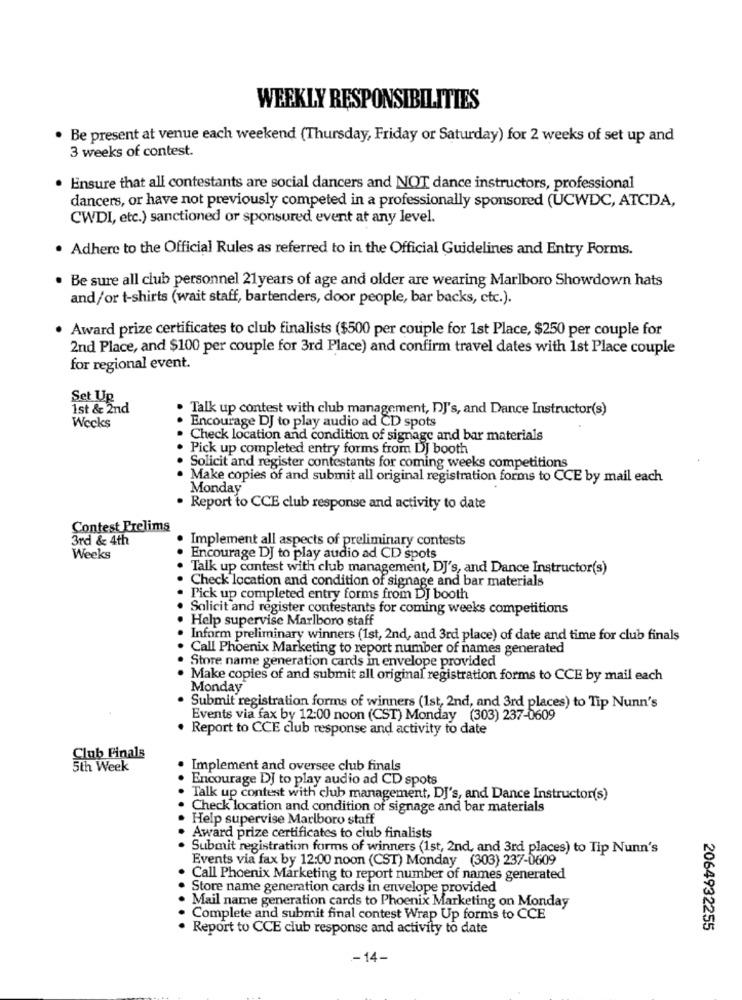
WEEKLY RESPONSIBILITIES
Be present at venue each weekend (Thursday, Friday or Saturday) for 2 weeks of set up and
3 weeks of contest.
Ensure that all contestants are social dancers and NOT dance instructors, professional
dancers, or have not previously competed in a professionally sponsored (UCWDC, ATCDA,
CWDI, etc.) sanctioned or sponsored event at any level.
Adhere to the Official Rules as referred to in the Official Guidelines and Entry Forms.
Be sure all club personnel 21years of age and older are wearing Marlboro Showdown hats
and/or t-shirts (wait staff, bartenders, door people, bar backs, etc.).
Award prize certificates to club finalists ($500 per couple for 1st Place, $250 per couple for
2nd Place, and $100 per couple for 3rd Place) and confirm travel dates with 1st Place couple
for regional event.
Set Up
1st & 2nd
. Talk up contest with club management, DJ's, and Dance Instructor(s)
Wecks
Encourage DJ to play audio ad CD spots
Check location and condition of signage and bar materials
Pick up completed entry forms from DJ booth
Solicit and register contestants for coming weeks competitions
· Make copies of and submit all original registration forms to CCE by mail each
Monday
. Report to CCE club response and activity to date
Contest Prelims
3rd & 4th
Implement all aspects of preliminary contests
Weeks
Encourage DJ to play audio ad CD spots
. Talk up contest with club management, DJ's, and Dance Instructor(s)
Check location and condition of signage and bar materials
Pick up completed entry forms from DJ booth
Solicit and register contestants for coming weeks competitions
· Help supervise Marlboro staff
Inform preliminary winners (1st, 2nd, and 3rd place) of date and time for club finals
Call Phoenix Marketing to report number of names generated
Store name generation cards in envelope provided
Make copies of and submit all original registration forms to CCE by mail each
Monday
Submit registration forms of winners (1st, 2nd, and 3rd places) to Tip Nunn's
Events via fax by 12:00 noon (CST) Monday (303) 237-0609
. Report to CCE club response and activity to date
Club Finals
5th Week
Implement and oversee club finals
Encourage DJ to play audio ad CD spots
Talk up contest with club management, Dj's, and Dance Instructor(s)
Check location and condition of signage and bar materials
Help supervise Marlboro staff
Award prize certificates to club finalists
Submit registration forms of winners (1st, 2nd, and 3rd places) to Tip Nunn's
Events via fax by 12:00 noon (CST) Monday (303) 237-0609
Call Phoenix Marketing to report number of names generated
Store name generation cards in envelope provided
Mail name generation cards to Phoenix Marketing on Monday
Complete and submit final contest Wrap Up forms to CCE
Report to CCE club response and activity to date
2064932255
-14-